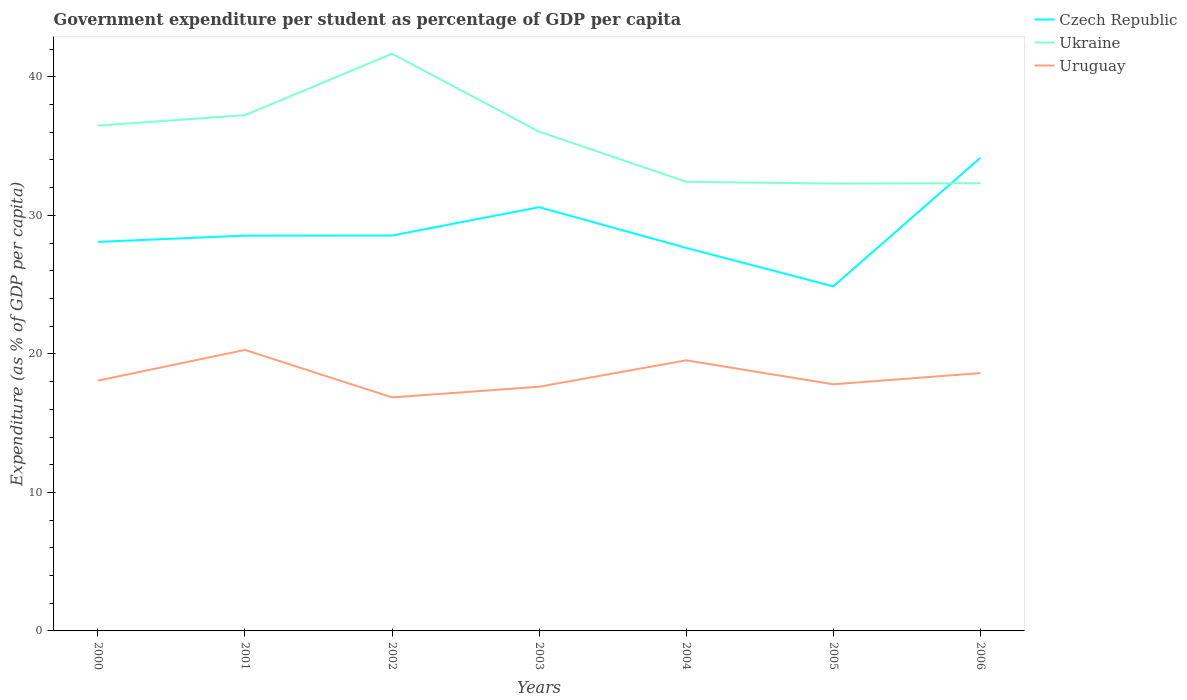
| Years | Czech Republic | Ukraine | Uruguay |
 | --- | --- | --- | --- |
 | 2000 | 28.1 | 36.5 | 18.1 |
 | 2001 | 28.5 | 37.2 | 20.3 |
 | 2002 | 28.5 | 41.7 | 16.9 |
 | 2003 | 30.6 | 36 | 17.6 |
 | 2004 | 27.7 | 32.4 | 19.5 |
 | 2005 | 24.9 | 32.3 | 17.8 |
 | 2006 | 34.2 | 32.3 | 18.6 |